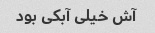
آش خیلی آبکی بود